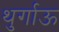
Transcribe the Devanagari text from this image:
थुर्गाऊ